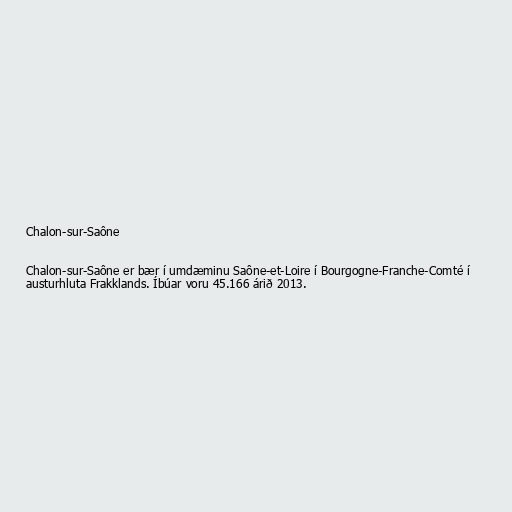
Chalon-sur-Saône

Chalon-sur-Saône er bær í umdæminu Saône-et-Loire í Bourgogne-Franche-Comté í
austurhluta Frakklands. Íbúar voru 45.166 árið 2013.